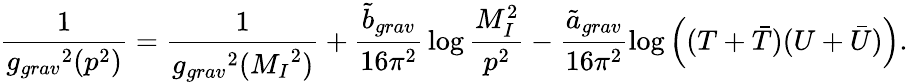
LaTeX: {\frac{1}{{g_{grav}}^{2}(p^{2})}}={\frac{1}{{g_{grav}}^{2}({M_{I}}^{2})}}+{\frac{{\tilde{b}}_{grav}}{16\pi^{2}}}\log{\frac{M_{I}^{2}}{p^{2}}}-\frac{{\tilde{a}}_{grav}}{16\pi^{2}}\log\left((T+{\bar{T}})(U+{\bar{U}})\right).